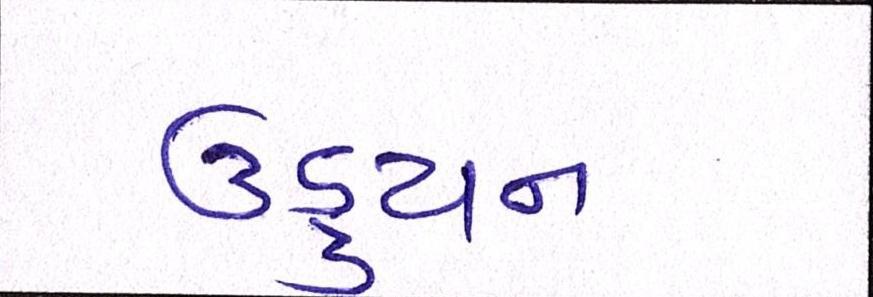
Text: ઉડ્ડયન